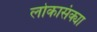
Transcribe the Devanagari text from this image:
लोकासंक्या